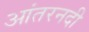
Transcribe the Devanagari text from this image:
आंतरनदी